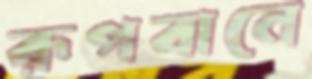
রূপবানে